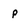
Character: p